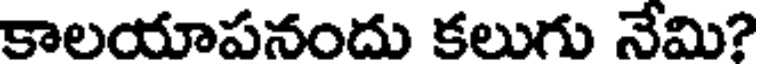
కాలయాపనందు కలుగు నేమి?